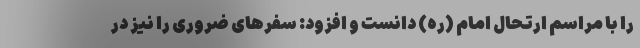
را با مراسم ارتحال امام (ره) دانست و افزود: سفرهای ضروری را نیز در